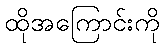
ထိုအကြောင်းကို